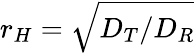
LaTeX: r_{H}=\sqrt{D_{T}/D_{R}}